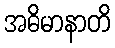
အဓိမာနာတိ